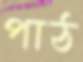
পাঠ